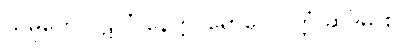
သမူဟေ ပဋလံ နေတ္တ၊ ရောဂေ ဝုတ္တံ ဆဒိမှိ စ။